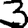
Digit: 3